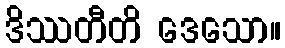
ဒိဿတီတိ ဒေသော။